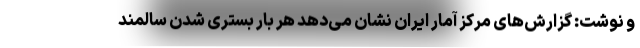
و نوشت: گزارش‌های مرکز آمار ایران نشان می‌دهد هر بار بستری شدن سالمند